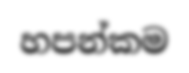
හපන්කම